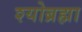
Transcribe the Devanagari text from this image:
श्योब्रह्मा